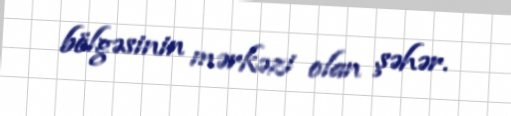
bölgəsinin mərkəzi olan şəhər.